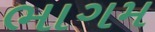
ભાગમ